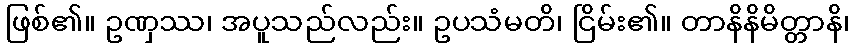
ဖြစ်၏။ ဥဏှဿ၊ အပူသည်လည်း။ ဥပသံမတိ၊ ငြိမ်း၏။ တာနိနိမိတ္တာနိ၊